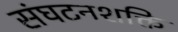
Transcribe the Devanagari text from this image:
संघटनशक्ति